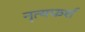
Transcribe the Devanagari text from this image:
नृत्यफर्श